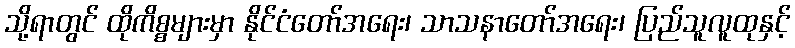
သို့ရာတွင် ထိုကိစ္စများမှာ နိုင်ငံတော်အရေး၊ သာသနာတော်အရေး၊ ပြည်သူလူထုနှင့်